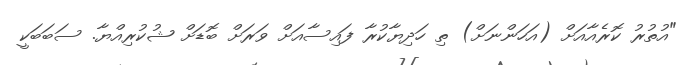
"އުތުރު ކޮރެއާއަށް (އަހަންނަށް) ތި ހަދިޔާކުރާ ފައިސާއަށް ވަރަށް ބޮޑަށް ޝުކުރިއްޔާ. ސަބަބަކީ